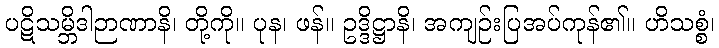
ပဋိသမ္ဘိဒါဉာဏာနိ၊ တို့ကို။ ပုန၊ ဖန်။ ဥဒ္ဒိဋ္ဌာနိ၊ အကျဉ်းပြအပ်ကုန်၏။ ဟိသစ္စံ၊